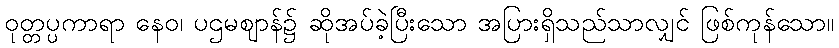
ဝုတ္တပ္ပကာရာ နေဝ၊ ပဌမဈာန်၌ ဆိုအပ်ခဲ့ပြီးသော အပြားရှိသည်သာလျှင် ဖြစ်ကုန်သော။